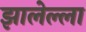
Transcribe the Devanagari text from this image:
झालेल्ला